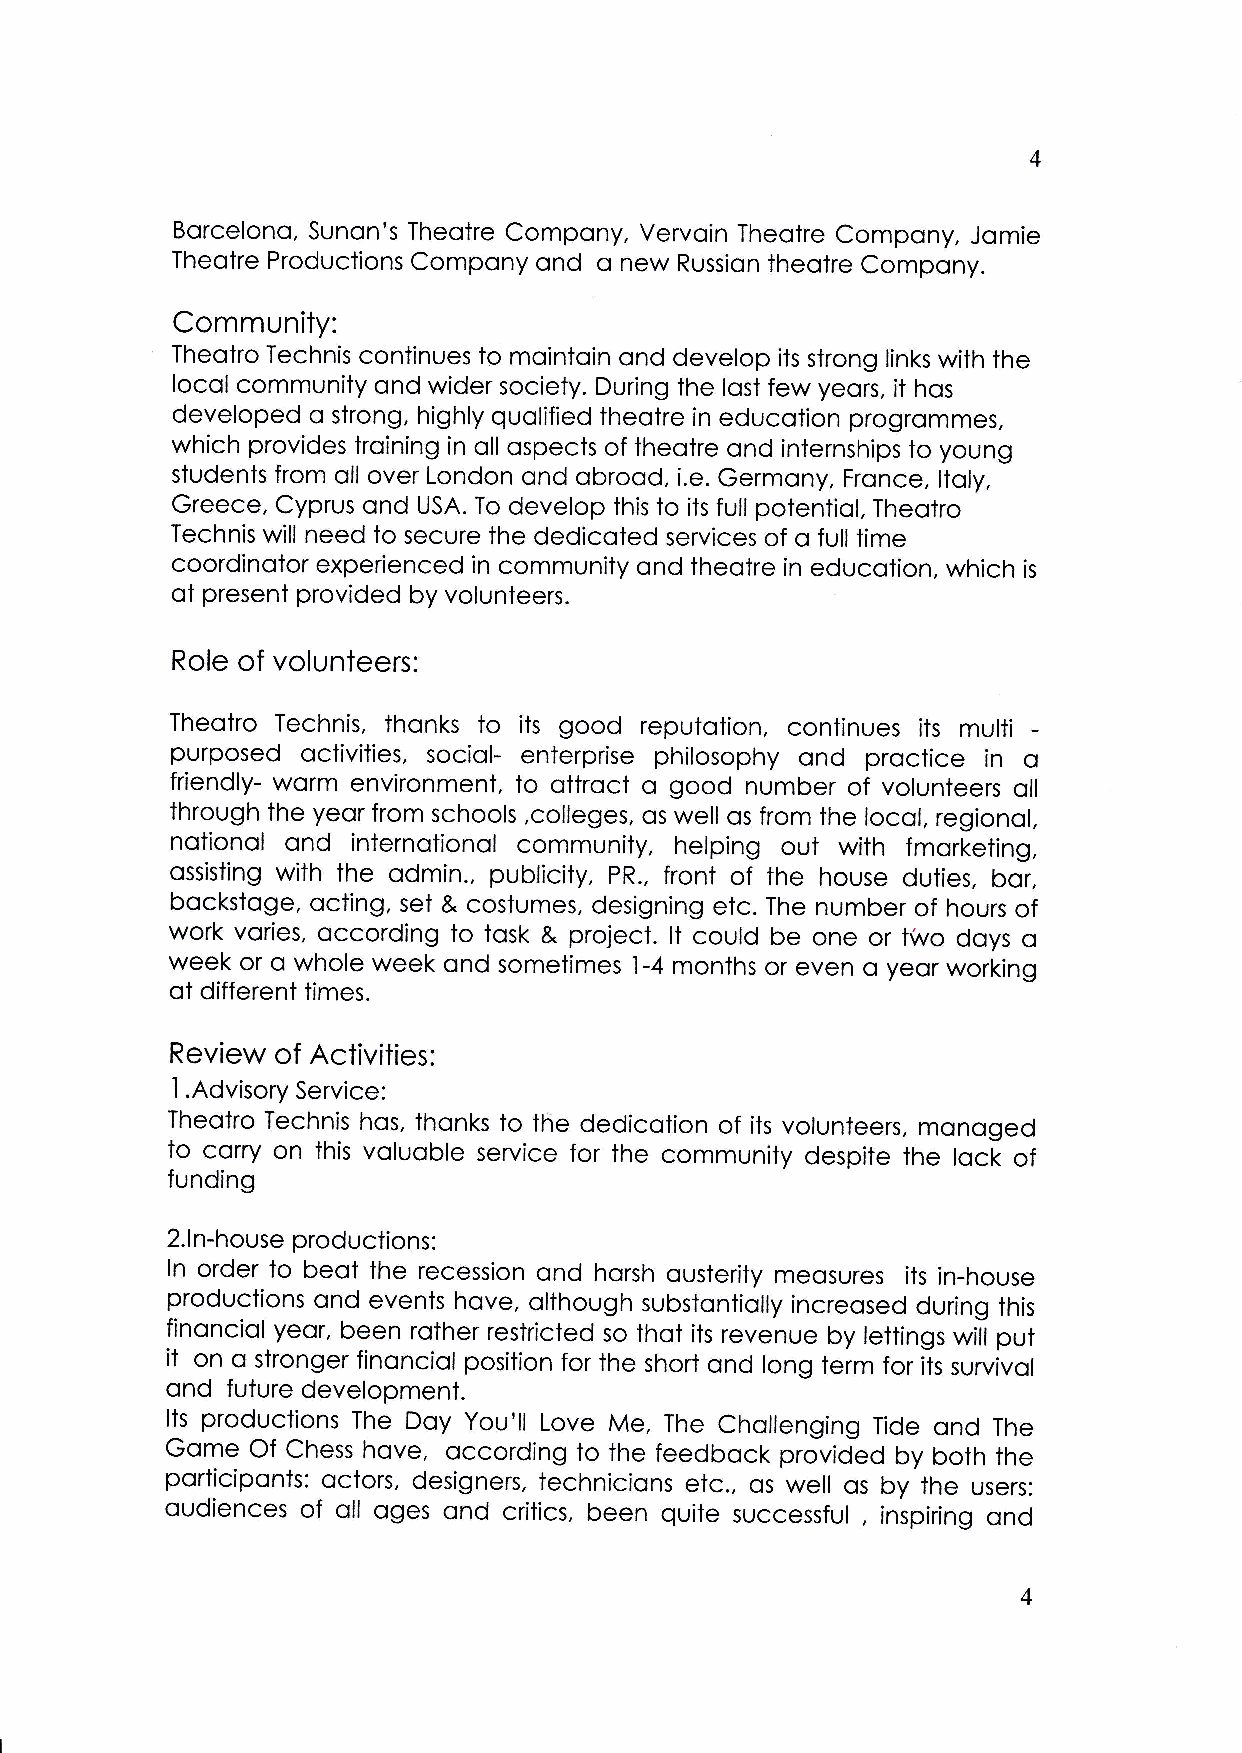
4
 Borcelono, Sunon's Theotre compony, vervoin Theotre compony, Jomie
 Theotre Productions compony ond o new Russion theotre compony.
 Community:
 Theotro Technis continues to mointoin ond develop its strong links with the
 locol community ond wider society. During the lost few yeors, it hos
 developed o strong, highly quolified theotre in educotion progrommes,
 which provides troining in oll ospects of theotre ond internships to young
 students from oll over London ond obrood, i.e. Germony, Fronce, ltoly,
 Greece, cyprus ond USA. To develop this to its full potentior, Theotro
 Technis will need to secure ihe dedicoted services of o full time
 coordinotor experienced in community ond theotre in educotion, which
 is
 of present provided by volunteers.
 Role of volunteers:
 Theotro Technis, thonks io its good reputotion, continues its multi
 purposed octivities, sociol- enterprise philosophy ond proctice in o
 friendly- worm environment, to ottroct o good number of volunteers oll
 through the yeor from schools ,colleges, os well os from the locol, regionol,
 notionol ond internotionol community, helping out with fmorketing,
 ossisting with the odmin., publicity, pR., front of the house duties, bor,
 bockstoge, octing, set & costumes, designing etc. The number of hours of
 work vories, occording to tosk & project. lt could be one or two doys o
 week or o whole week ond sometimes l-4 months or even o yeor working
 of different times.
 Review of Activities:
 I .Advisory Service:
 Theotro Technis hos, thonks to the dedicotion of its volunteers, monoged
 to corry on this voluoble service for the community despite the lock of
 funding
 2. n-house productions:
 I
 ln order to beot the recession ond horsh ousterity meosures its in-house
 productions ond events hove, olthough substontiolly increosed during this
 finonciol yeor, been rother restricted so thot its revenue by lettings will put
 it
 on o stronger finonciol position for the short ond long term for its survivol
 ond future development.
 Its productions The Doy you'il Love Me, The chollenging Tide ond The
 Gome  of chess hove, occording to the feedbock provioLo by both the
 porticiponts: octors, designers, technicions etc., os well os by the users:
 oudiences of oll oges ond critics, been quite successful , inspiring ond